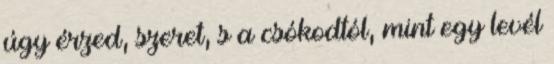
úgy érzed, szeret, s a csókodtól, mint egy levél